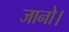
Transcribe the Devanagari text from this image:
जानो।